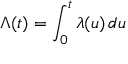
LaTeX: \Lambda ( t ) = \int _ { 0 } ^ { t } \lambda ( u ) \, d u